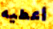
أعطيه